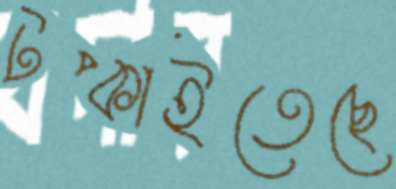
টপ্‌কাইতেছে